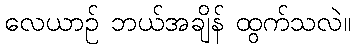
လေယာဉ် ဘယ်အချိန် ထွက်သလဲ။